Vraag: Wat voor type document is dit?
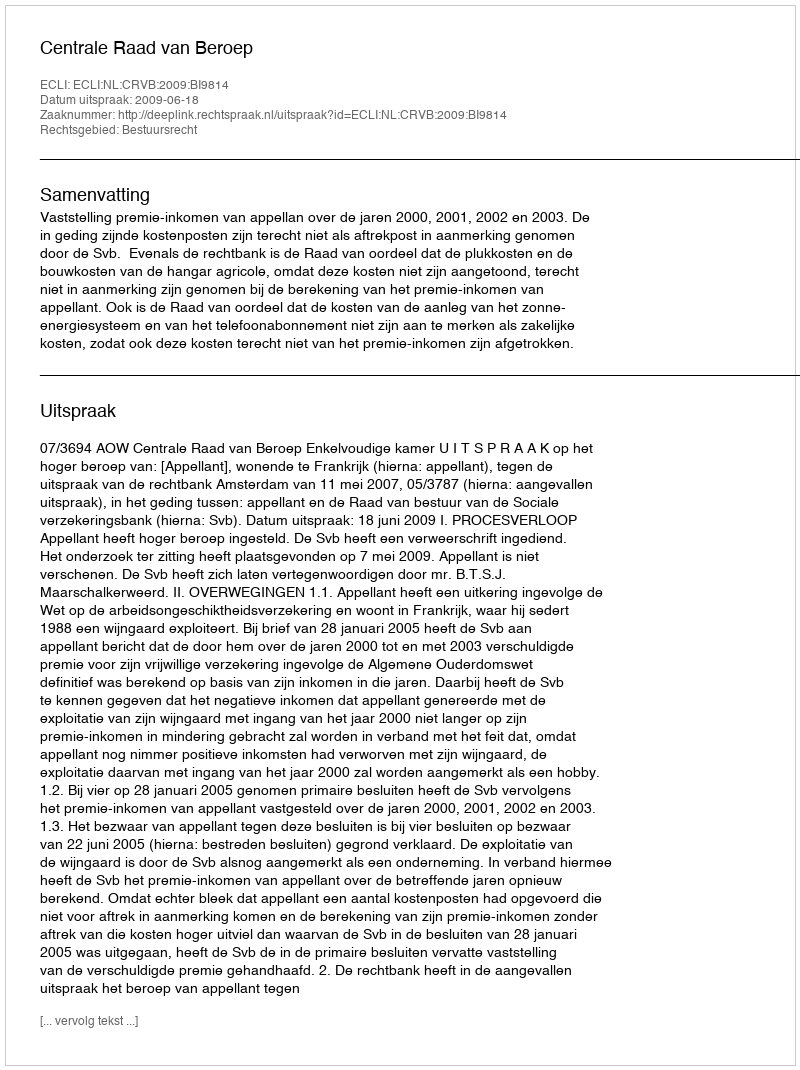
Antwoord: Uitspraak